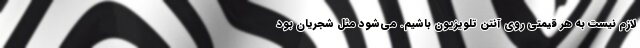
لازم نیست به هر قیمتی روی آنتن تلویزیون باشیم. می‌شود مثل شجریان بود